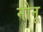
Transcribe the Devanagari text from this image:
नोनू